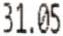
31.05